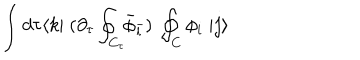
LaTeX: \int d \tau \langle k | \; ( \partial _ { \tau } \oint _ { C _ { \tau } } \! \! { \bar { \phi } } _ { \bar { l } } ) \; \oint _ { C } \phi _ { i } \; | j \rangle